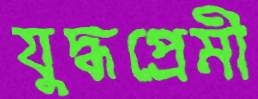
যুদ্ধপ্রেমী